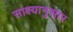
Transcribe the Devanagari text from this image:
साक्ष्यानुसार